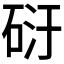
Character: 𥒀